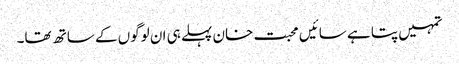
تمہیں پتا ہے سائیں محبت خان پہلے ہی ان لوگوں کے ساتھ تھا۔